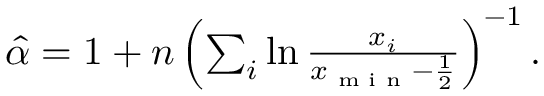
\begin{array} { r } { \hat { \alpha } = 1 + n \left( \sum _ { i } \ln \frac { x _ { i } } { x _ { \textrm { m i n } } - \frac { 1 } { 2 } } \right) ^ { - 1 } . } \end{array}